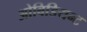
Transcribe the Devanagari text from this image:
ओबिडियन्ट